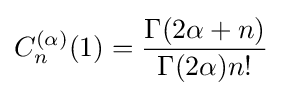
C_{n}^{(\alpha )}(1)={\frac {\Gamma (2\alpha +n)}{\Gamma (2\alpha )n!}}